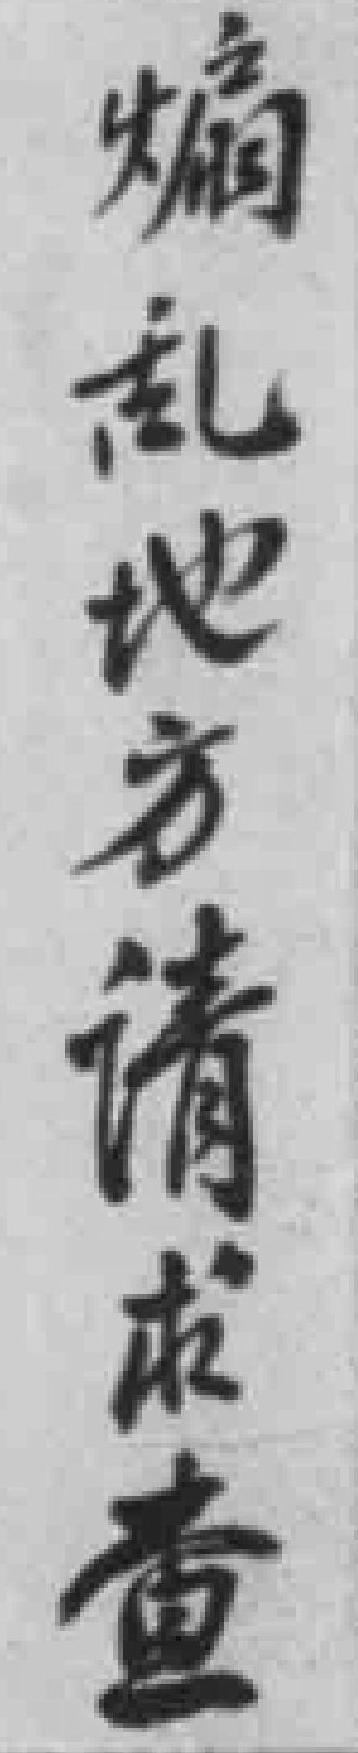
煽乱地方请求查